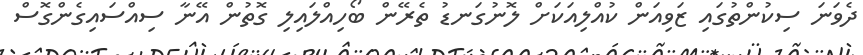
ދެވަނަ ސިކުންތުގައި ޒަވިއަން ކުއްލިއަކަށް ލޮނުގަނޑު ތެރޭން ބޯހިއްލައިލި ގޮތުން އޭނާ ސިއްސައިގެންގޮސް